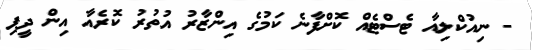
- ނިއުކްލިއާ ޓެސްޓެއް ކޮށްފާނެ ކަމުގެ އިންޒާރު އުތުރު ކޮރެއާ އިން ދީފި